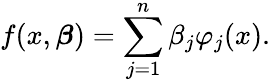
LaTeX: f(x,{\boldsymbol{\beta}})=\sum_{j=1}^{n}\beta_{j}\varphi_{j}(x).